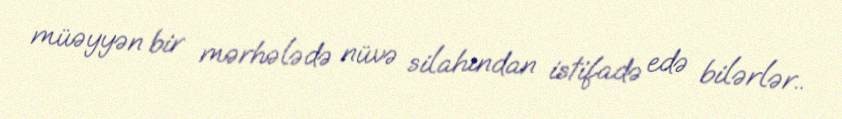
müəyyən bir mərhələdə nüvə silahından istifadə edə bilərlər..